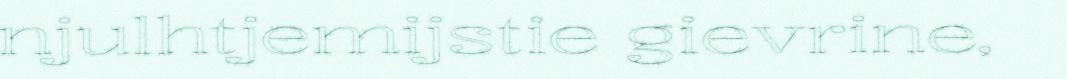
njulhtjemijstie gievrine,